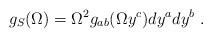
LaTeX: \begin{align*}g_{S}(\Omega) = \Omega^{2} g_{ab}(\Omega y^{c}) dy^{a} dy^{b}~.\end{align*}